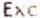
EXC